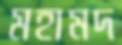
মহামদ